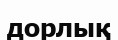
дорлық